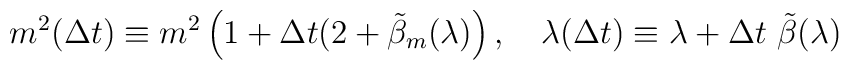
m^2 (\Delta t) \equiv m^2 \left( 1 + \Delta t (2 + \tilde{\beta}_m(\lambda) \right),\quad\lambda (\Delta t) \equiv \lambda + \Delta t ~\tilde{\beta} (\lambda)